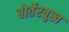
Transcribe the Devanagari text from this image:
बोर्तेरबुख